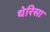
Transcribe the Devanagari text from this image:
थेरिसा